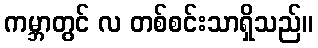
ကမ္ဘာတွင် လ တစ်စင်းသာရှိသည်။